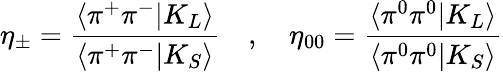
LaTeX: \eta_{\pm}=\frac{\langle\pi^{+}\pi^{-}|K_{L}\rangle}{\langle\pi^{+}\pi^{-}|K_{S}\rangle}\quad,\quad\eta_{00}=\frac{\langle\pi^{0}\pi^{0}|K_{L}\rangle}{\langle\pi^{0}\pi^{0}|K_{S}\rangle}